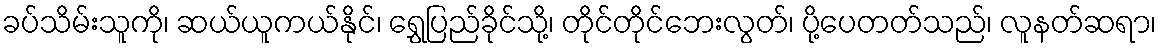
ခပ်သိမ်းသူကို၊ ဆယ်ယူကယ်နိုင်၊ ရွှေပြည်ခိုင်သို့၊ တိုင်တိုင်ဘေးလွတ်၊ ပို့ပေတတ်သည်၊ လူနတ်ဆရာ၊